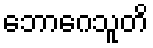
ဘောဂေသူတိ